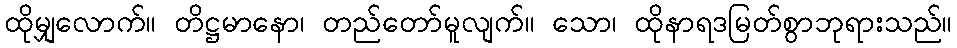
ထိုမျှလောက်။ တိဋ္ဌမာနော၊ တည်တော်မူလျက်။ သော၊ ထိုနာရဒမြတ်စွာဘုရားသည်။